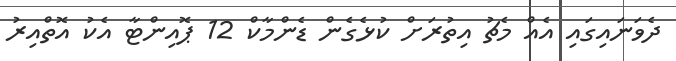
ދެވަނައިގައި އެއް މެޗު އިތުރަށް ކުޅެގެން ޑެންމާކް 12 ޕޮއިންޓާ އެކު އޮތްއިރު